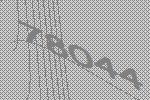
78044